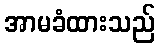
အာမခံထားသည်